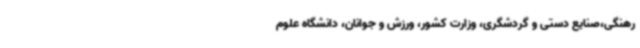
رهنگی،صنایع دستی و گردشگری، وزارت کشور، ورزش و جوانان، دانشگاه علوم